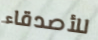
للأصدقاء